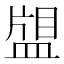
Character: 𰤿